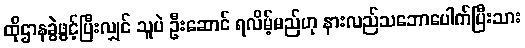
ထိုဌာနခွဲဖွင့်ပြီးလျှင် သူပဲ ဦးဆောင် ရလိမ့်မည်ဟု နားလည်သဘောပေါက်ပြီးသား